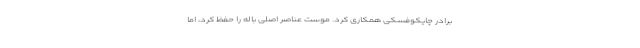
برادر چایکوفسکی همکاری کرد. موست عناصر اصلی باله را حفظ کرد، اما